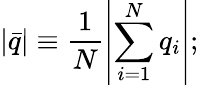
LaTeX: |\bar{q}|\equiv\frac{1}{N}\left|\sum_{i=1}^{N}q_{i}\right|;